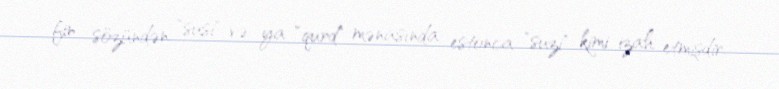
fin sözündən "susi" və ya "qurd" mənasında estonca "suzi" kimi izah etmişdir.